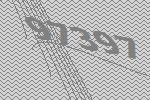
97397